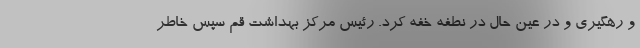
و رهگیری و در عین حال در نطفه خفه کرد. رئیس مرکز بهداشت قم سپس خاطر